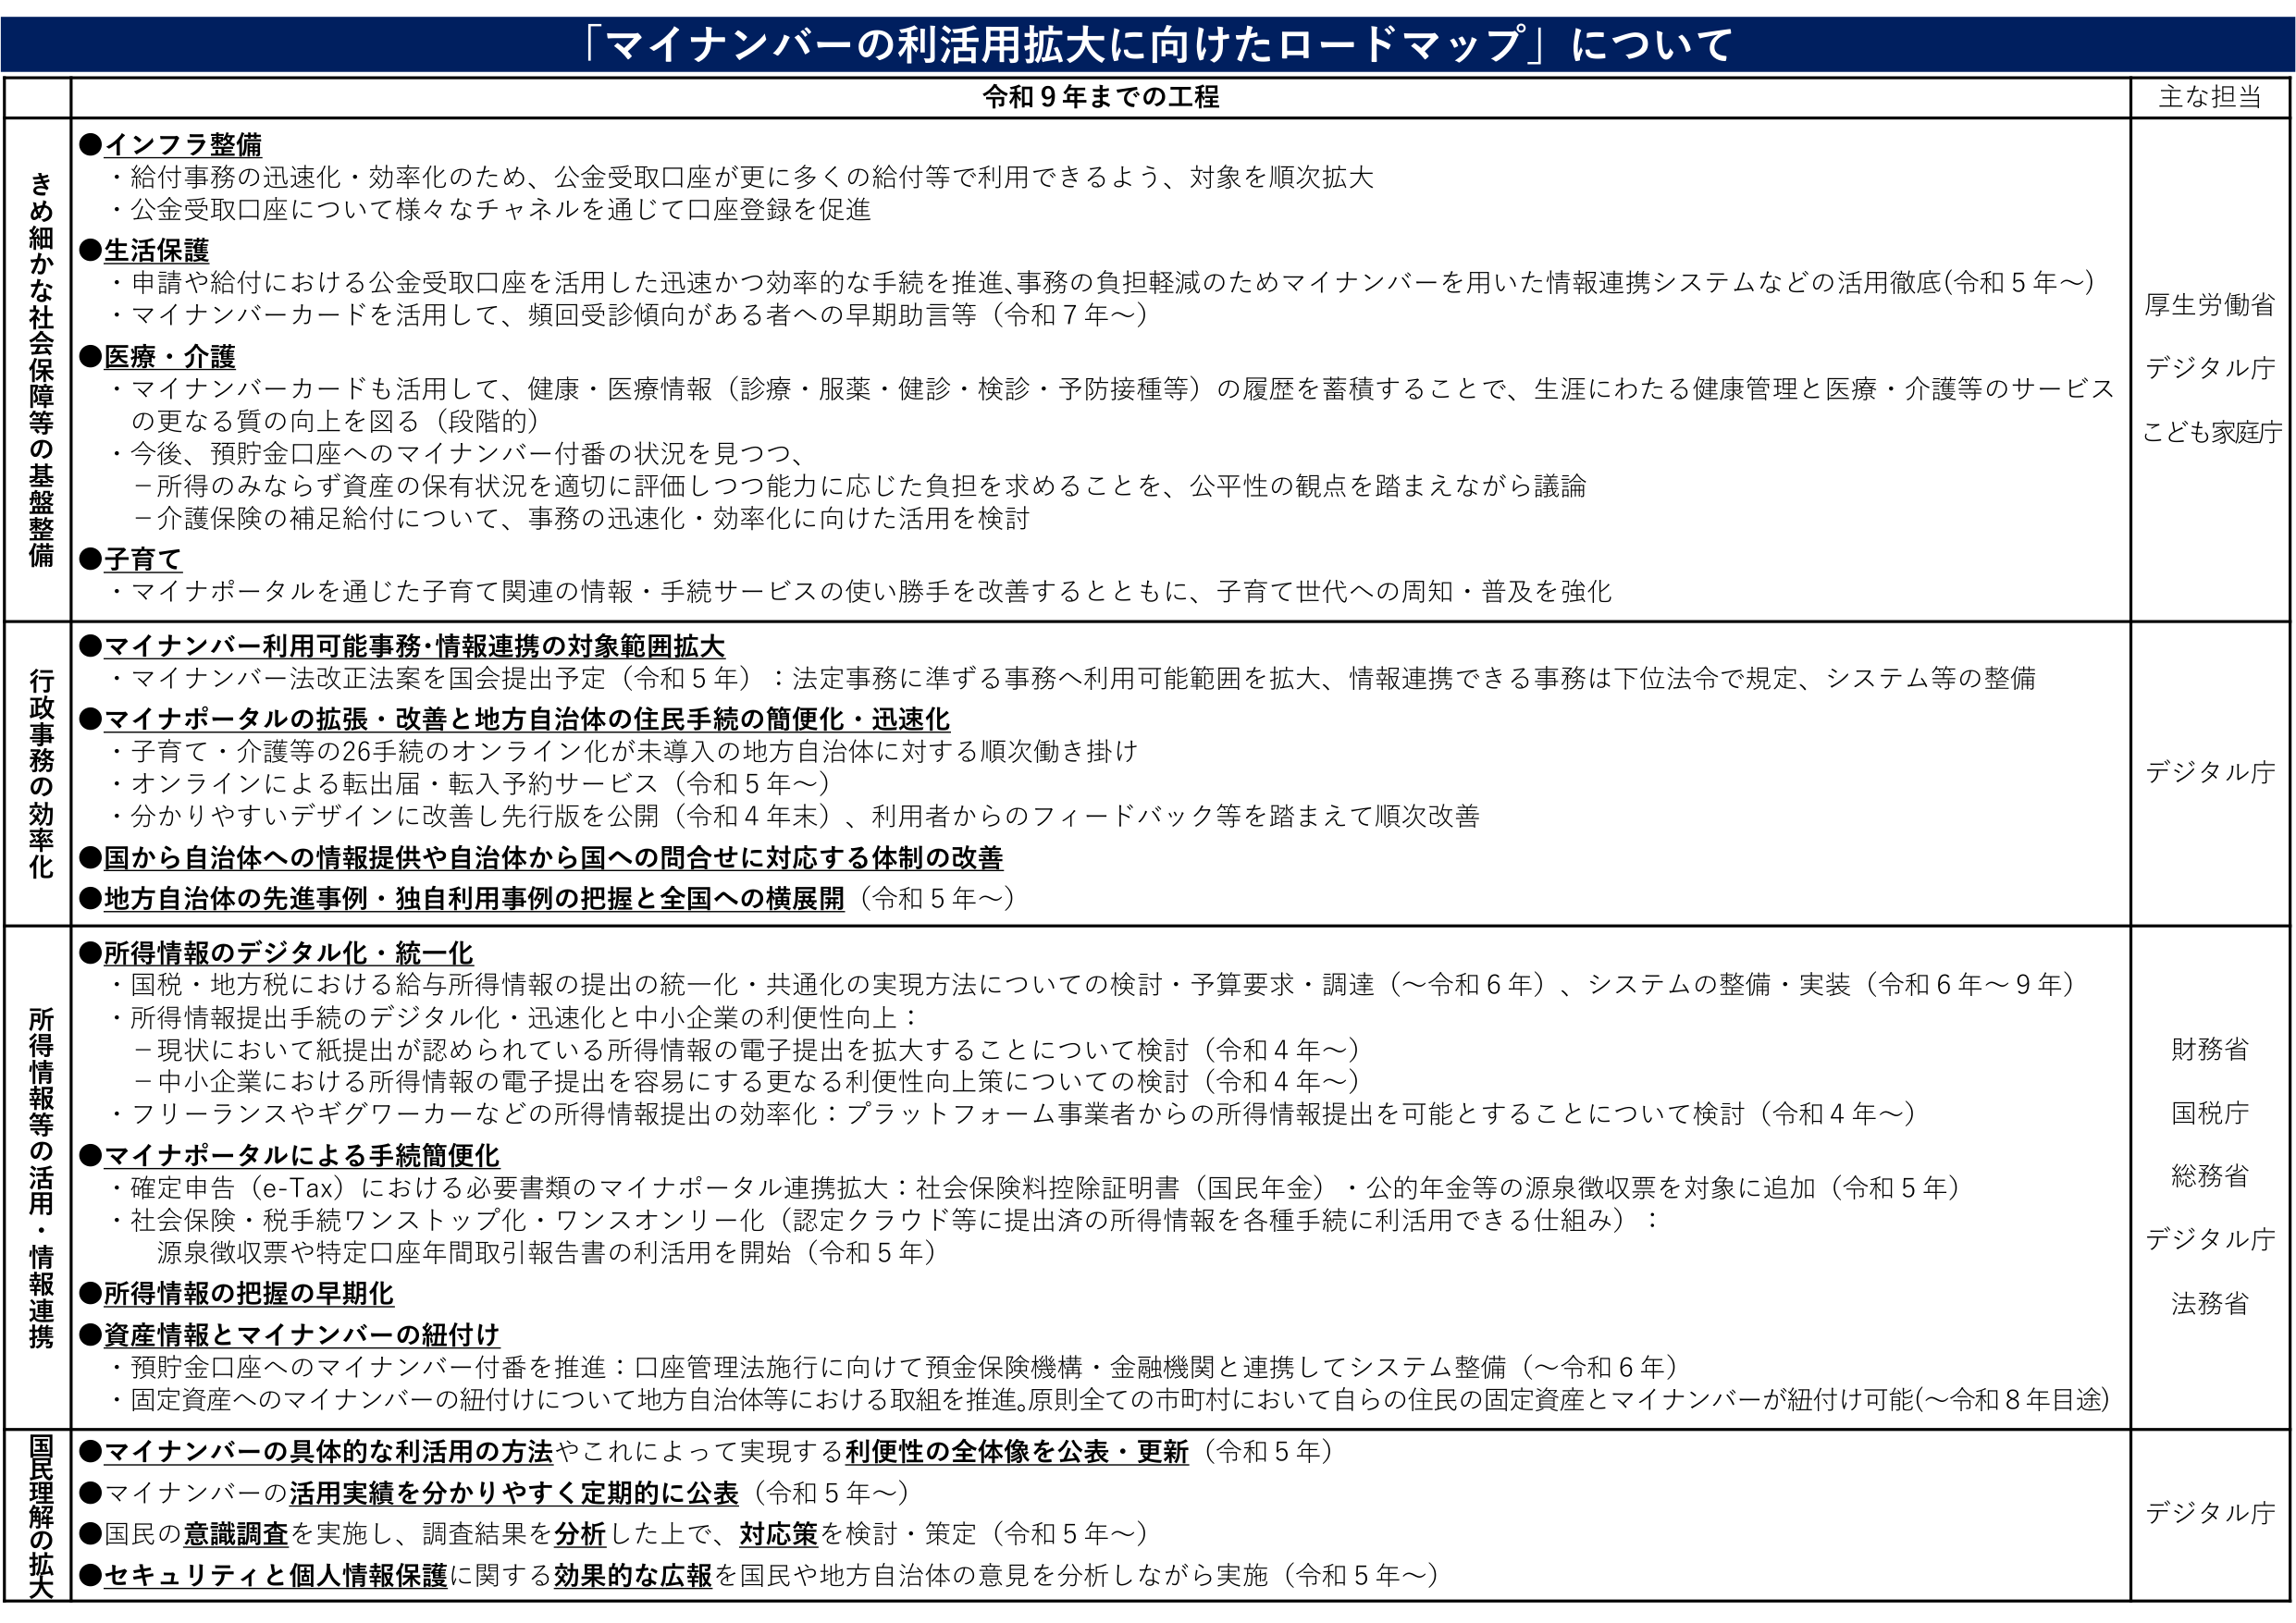
「マイナンバーの利活用拡大に向けたロードマップ」について

令和９年までの工程

主な担当

きめ細かな社会保障等の基盤整備

●インフラ整備
・給付事務の迅速化・効率化のため、公金受取口座が更に多くの給付等で利用できるよう、対象を順次拡大
・公金受取口座について様々なチャネルを通じて口座登録を促進

●生活保護
・申請や給付における公金受取口座を活用した迅速かつ効率的な手続を推進、事務の負担軽減のためマイナンバーを用いた情報連携システムなどの活用徹底（令和５年～）
・マイナンバーカードを活用して、頻回受診傾向がある者への早期助言等（令和７年～）

●医療・介護
・マイナンバーカードも活用して、健康・医療情報（診療・服薬・健診・検診・予防接種等）の履歴を蓄積することで、生涯にわたる健康管理と医療・介護等のサービスの更なる質の向上を図る（段階的）
・今後、預貯金口座へのマイナンバー付番の状況を見つつ、
－所得のみならず資産の保有状況を適切に評価しつつ能力に応じた負担を求めることを、公平性の観点を踏まえながら議論
－介護保険の補足給付について、事務の迅速化・効率化に向けた活用を検討

●子育て
・マイナポータルを通じた子育て関連の情報・手続サービスの使い勝手を改善するとともに、子育て世代への周知・普及を強化

厚生労働省
デジタル庁
こども家庭庁

行政事務の効率化

●マイナンバー利用可能事務・情報連携の対象範囲拡大
・マイナンバー法改正法案を国会提出予定（令和５年）：法定事務に準ずる事務へ利用可能範囲を拡大、情報連携できる事務は下位法令で規定、システム等の整備

●マイナポータルの拡張・改善と地方自治体の住民手続の簡便化・迅速化
・子育て・介護等の26手続のオンライン化が未導入の地方自治体に対する順次働き掛け
・オンラインによる転出届・転入予約サービス（令和５年～）
・分かりやすいデザインに改善し先行版を公開（令和４年末）、利用者からのフィードバック等を踏まえて順次改善

●国から自治体への情報提供や自治体から国への問合せに対応する体制の改善

●地方自治体の先進事例・独自利用事例の把握と全国への横展開（令和５年～）

デジタル庁

所得情報等の活用・情報連携

●所得情報のデジタル化・統一化
・国税・地方税における給与所得情報の提出の統一化・共通化の実現方法についての検討・予算要求・調達（～令和６年）、システムの整備・実装（令和６年～９年）
・所得情報提出手続のデジタル化・迅速化と中小企業の利便性向上：
－現状において紙提出が認められている所得情報の電子提出を拡大することについて検討（令和４年～）
－中小企業における所得情報の電子提出を容易にする更なる利便性向上策についての検討（令和４年～）
・フリーランスやギグワーカーなどの所得情報提出の効率化：プラットフォーム事業者からの所得情報提出を可能とすることについて検討（令和４年～）

●マイナポータルによる手続簡便化
・確定申告（e-Tax）における必要書類のマイナポータル連携拡大：社会保険料控除証明書（国民年金）・公的年金等の源泉徴収票を対象に追加（令和５年）
・社会保険・税手続ワンストップ化・ワンスオンリーア化（認定クラウド等に提出済の所得情報を各種手続に利活用できる仕組み）：
源泉徴収票や特定口座年間取引報告書の利活用を開始（令和５年）

●所得情報の把握の早期化

●資産情報とマイナンバーの紐付け
・預貯金口座へのマイナンバー付番を推進：口座管理法施行に向けて預金保険機構・金融機関と連携してシステム整備（～令和６年）
・固定資産へのマイナンバーの紐付けについて地方自治体等における取組を推進。原則全ての市町村において自らの住民の固定資産とマイナンバーが紐付け可能（～令和８年目途）

財務省
国税庁
総務省
デジタル庁
法務省

国民理解の拡大

●マイナンバーの具体的な利活用の方法やこれによって実現する利便性の全体像を公表・更新（令和５年）
●マイナンバーの活用実績を分かりやすく定期的に公表（令和５年～）
●国民の意識調査を実施し、調査結果を分析した上で、対応策を検討・策定（令和５年～）
●セキュリティと個人情報保護に関する効果的な広報を国民や地方自治体の意見を分析しながら実施（令和５年～）

デジタル庁